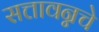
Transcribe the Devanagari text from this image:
सत्तावन्नचे